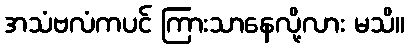
အသံဗလံကပင် ကြားသာနေလို့လား မသိ။